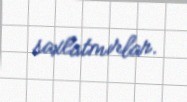
saxlatmırlar.